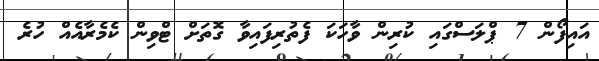
އައިފޯން 7 ޕްލަސްގައި ކުރިން ވާހަކަ ފެތުރިފައިވާ ގޮތަށް ޓްވިން ކެމެރާއެއް ހުރެ